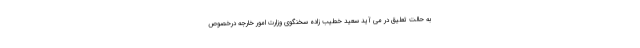
به حالت تعلیق در می آید سعید خطیب زاده سخنگوی وزارت امور خارجه درخصوص